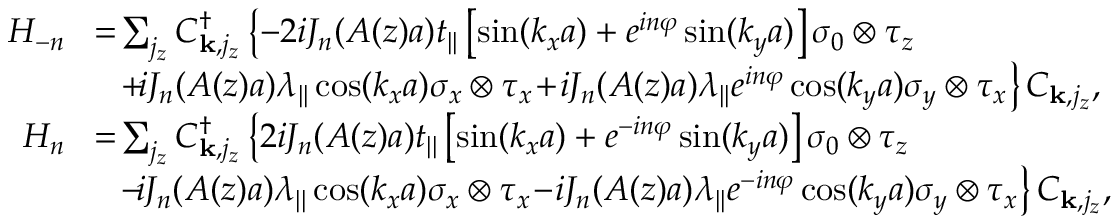
\begin{array} { r l } { H _ { - n } } & { \! = \! \sum _ { j _ { z } } C _ { { \bf k } , j _ { z } } ^ { \dagger } \left\{ - 2 i { \cal J } _ { n } ( A ( z ) a ) t _ { | | } \left[ \sin ( k _ { x } a ) + e ^ { i n \varphi } \sin ( k _ { y } a ) \right] \sigma _ { 0 } \otimes \tau _ { z } \right. } \\ & { \left. ~ ~ \! + \! i { \cal J } _ { n } ( A ( z ) a ) \lambda _ { | | } \cos ( k _ { x } a ) \sigma _ { x } \otimes \tau _ { x } \! + \! i { \cal J } _ { n } ( A ( z ) a ) \lambda _ { | | } e ^ { i n \varphi } \cos ( k _ { y } a ) \sigma _ { y } \otimes \tau _ { x } \right\} C _ { { \bf k } , j _ { z } } , } \\ { H _ { n } } & { \! = \! \sum _ { j _ { z } } C _ { { \bf k } , j _ { z } } ^ { \dagger } \left\{ 2 i { \cal J } _ { n } ( A ( z ) a ) t _ { | | } \left[ \sin ( k _ { x } a ) + e ^ { - i n \varphi } \sin ( k _ { y } a ) \right] \sigma _ { 0 } \otimes \tau _ { z } \right. } \\ & { \left. ~ ~ \! - \! i { \cal J } _ { n } ( A ( z ) a ) \lambda _ { | | } \cos ( k _ { x } a ) \sigma _ { x } \otimes \tau _ { x } \! - \! i { \cal J } _ { n } ( A ( z ) a ) \lambda _ { | | } e ^ { - i n \varphi } \cos ( k _ { y } a ) \sigma _ { y } \otimes \tau _ { x } \right\} C _ { { \bf k } , j _ { z } } , } \end{array}